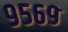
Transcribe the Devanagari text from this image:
९५६९